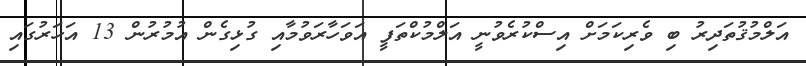
އަލްމުޤުތަދިރު ބި ވެރިކަމަށް އިސްކުރެވުނީ އަލްމުކްތަފީ އަވަހާރަވުމާއި ގުޅިގެން އުމުރުން 13 އަހަރުގައި